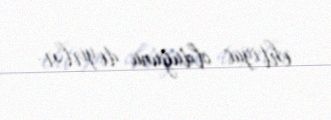
ehtiyac olduğunu deyirlər.